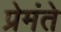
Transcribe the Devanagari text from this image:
प्रेमंते